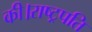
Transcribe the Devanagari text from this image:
की।राष्ट्रपति